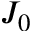
J _ { 0 }